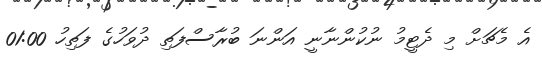
އެ މެޗަށް މި ދެޓީމު ނުކުންނާނީ އަންނަ ބުރާސްފަތި ދުވަހުގެ ފަތިހު 01:00